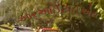
આરઆઈટીઈએસ